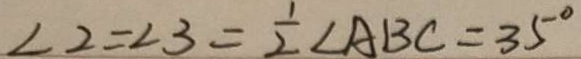
\angle 2 = \angle 3 = \frac { 1 } { 2 } \angle A B C = 3 5 ^ { \circ }